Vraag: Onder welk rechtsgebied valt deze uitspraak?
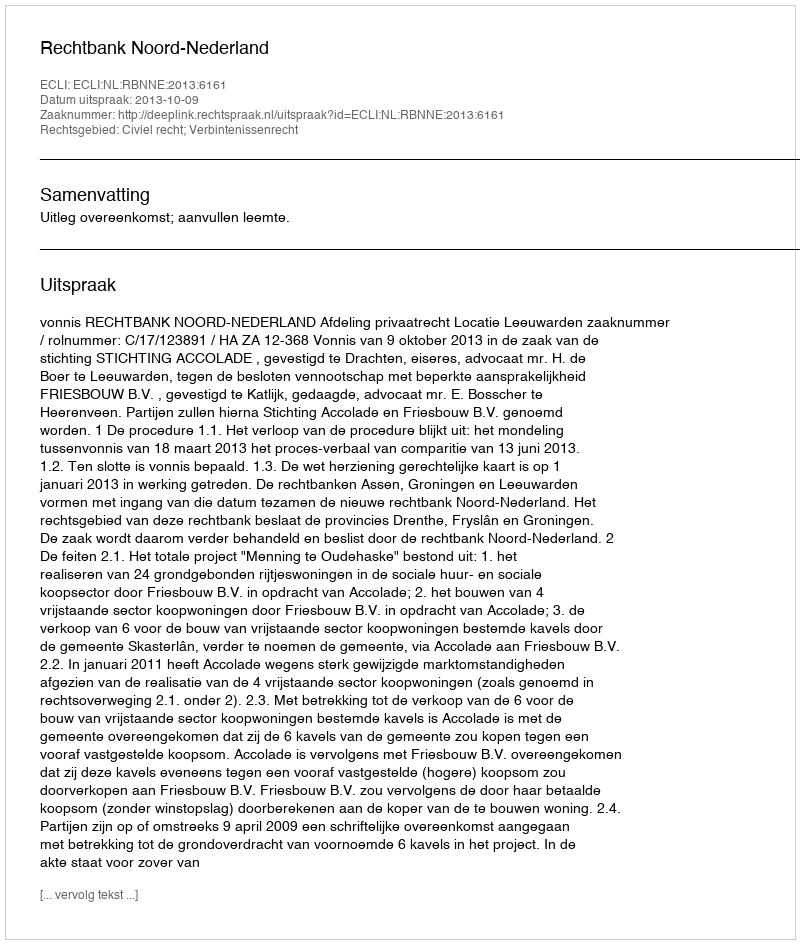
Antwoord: Civiel recht; Verbintenissenrecht